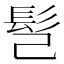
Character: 𩫻